Annual administration report of the Civil Veterinary Department of India - 1896-1897
Year: 1896
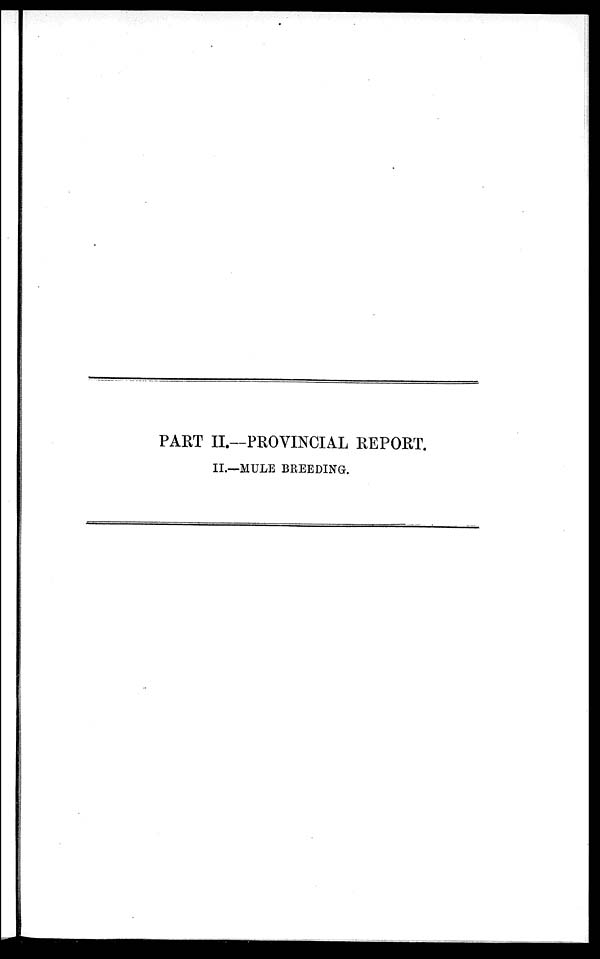
PART II.—PROVINCIAL REPORT.
II.—MULE BREEDING.